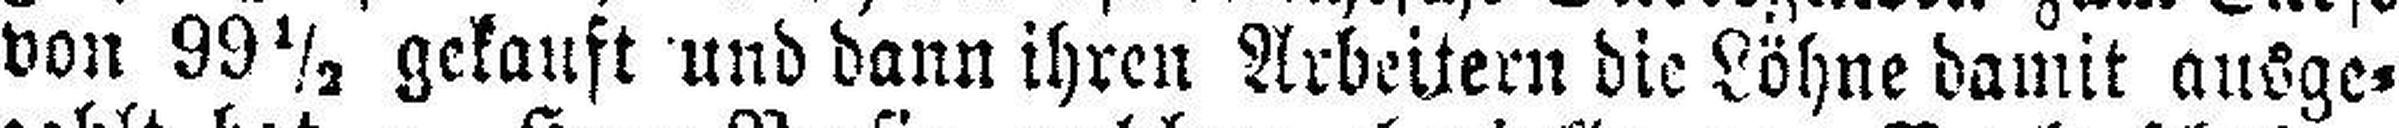
von 99½ gekauft und dann ihren Arbeitern die Löhne damit ausge¬